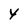
Character: Y